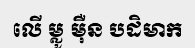
លើ ម្លូ ម៉ឺន បដិមាក